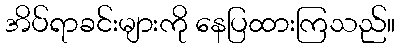
အိပ်ရာခင်းများကို နေပြထားကြသည်။